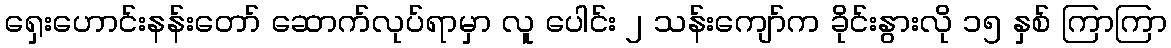
ရှေးဟောင်းနန်းတော် ဆောက်လုပ်ရာမှာ လူ ပေါင်း ၂ သန်းကျော်က ခိုင်းနွားလို ၁၅ နှစ် ကြာကြာ